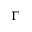
\Gamma